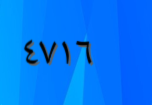
٤٧١٦